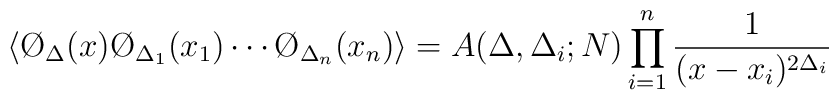
\langle \O_{\Delta} (x) \O_{\Delta _1}(x_1) \cdots \O_{\Delta _n} (x_n) \rangle = A(\Delta, \Delta _i;N) \prod _{i=1} ^n {1 \over (x-x_i)^{2 \Delta _i}}